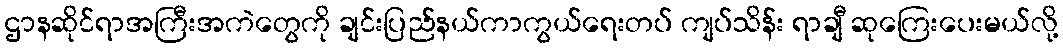
ဌာနဆိုင်ရာအကြီးအကဲတွေကို ချင်းပြည်နယ်ကာကွယ်ရေးတပ် ကျပ်သိန်း ရာချီ ဆုကြေးပေးမယ်လို့